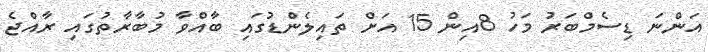
އަންނަ ޑިސެމްބަރު މަހު 8އިން 15 އަށް ތައިލެންޑުގައި ބާއްވާ މުބާރާތުގައި ރާއްޖެ